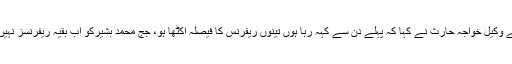
نواز شریف کے وکیل خواجہ حارث نے کہا کہ پہلے دن سے کہہ رہا ہوں تینوں ریفرنس کا فیصلہ اکٹھا ہو، جج محمد بشیرکو اب بقیہ ریفرنسز نہیں سننے چاہئیں۔